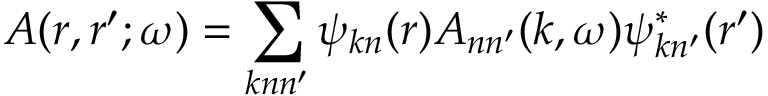
A ( r , r ^ { \prime } ; \omega ) = \sum _ { k n n ^ { \prime } } \psi _ { k n } ( r ) A _ { n n ^ { \prime } } ( k , \omega ) \psi _ { k n ^ { \prime } } ^ { * } ( r ^ { \prime } )